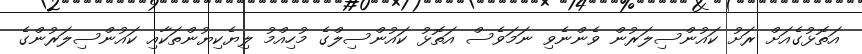
އަތޮޅުގެއަށް ރަށު ކައުންސިލަރުން ވެންނެވި ނަމަވެސް އަތޮޅު ކައުންސިލްގެ މުހިއްމު ލިޔެކިޔުންތަކާއި ކައުންސިލަރުންގެ